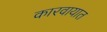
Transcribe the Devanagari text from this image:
कारवायात